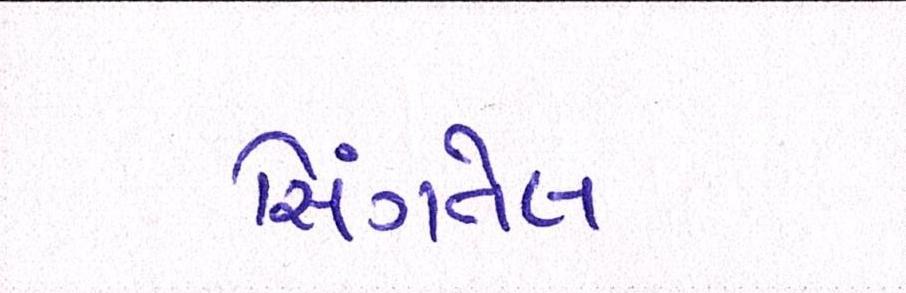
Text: સિંગતેલ